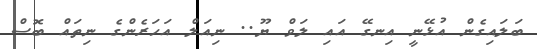
ބަލައިގެން އުޅޭނީ އިނގޭ އައި ލަވް ޔޫ.. ނިއަލް އަހަރެންގެ ނިތައް ބޮސް